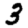
Digit: 3